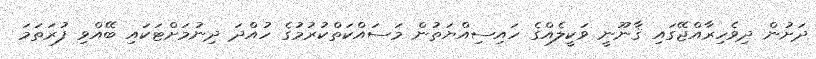
ދަށުން ދިވެހިރާއްޖޭގައި ޤާނޫނީ ވަކީލެއްގެ ހައިސިއްޔަތުން މަސައްކަތްކުރުމުގެ ހުއްދަ ދިނުމަށްޓަކައި ބޭއްވި ފުރަތަމަ